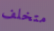
متخلف